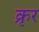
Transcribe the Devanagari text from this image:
क्रृर